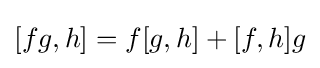
[fg,h]=f[g,h]+[f,h]g